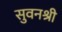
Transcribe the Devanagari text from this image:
सुवनश्री